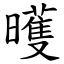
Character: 㬦